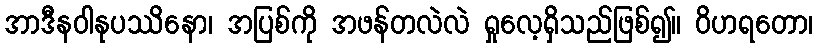
အာဒီနဝါနုပဿိနော၊ အပြစ်ကို အဖန်တလဲလဲ ရှုလေ့ရှိသည်ဖြစ်၍။ ဝိဟရတော၊